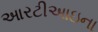
આરટીઆઇના